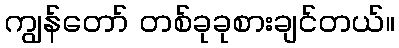
ကျွန်တော် တစ်ခုခုစားချင်တယ်။